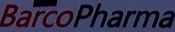
BarcoPharma